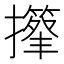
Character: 𢸕